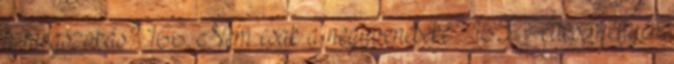
a megszokás? 166. Nem csak a negyveneseké? 165. Áleseményen